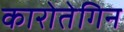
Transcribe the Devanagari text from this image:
कारोतेगिन